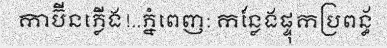
កាប៊ីនភ្លើង!..ភ្នំពេញ: កន្លែងផ្ទុកប្រពន្ធ័